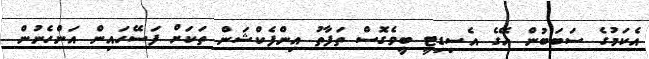
އެކަމުގެ ސަބަބުން އޭގެ އެސިޑިޓީ ބީވެގޮސް ތަފާތު އިންފެކްޝަން ތަކަށް ފަސޭހައިން އަންހެނުން